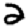
Digit: 2